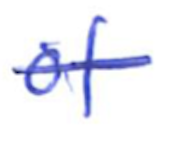
Text: of
Cross-out: single-line
Writing tool: ballpoint